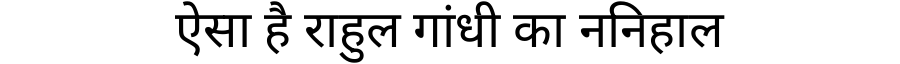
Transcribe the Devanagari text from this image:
ऐसा है राहुल गांधी का ननिहाल